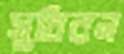
সুধিরন